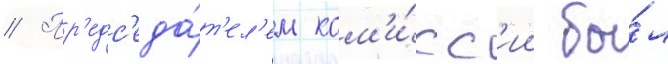
// Пр'едс'еда́т'ел'ем ком'и́сс'ии бы́л